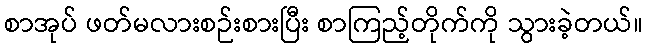
စာအုပ် ဖတ်မလားစဉ်းစားပြီး စာကြည့်တိုက်ကို သွားခဲ့တယ်။